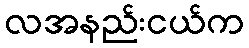
လအနည်းငယ်က